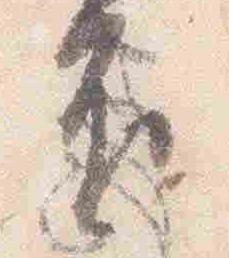
不